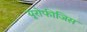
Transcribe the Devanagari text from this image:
यूरोफीजिस